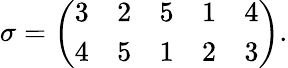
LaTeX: \sigma={\left(\begin{array}{lllll}{3}&{2}&{5}&{1}&{4}\\ {4}&{5}&{1}&{2}&{3}\end{array}\right)}.